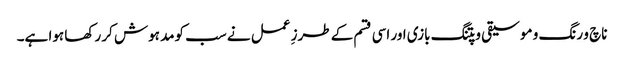
ناچ و رنگ و موسیقی و پتنگ بازی اور اسی قسم کے طرزِ عمل نے سب کومد ہوش کر رکھا ہوا ہے۔